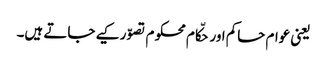
یعنی عوام حاکم اور حکّام محکوم تصوّر کیے جاتے ہیں۔